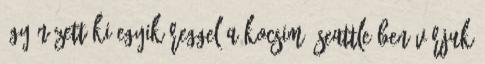
Így nézett ki egyik reggel a kocsim. Seattle-ben várjuk